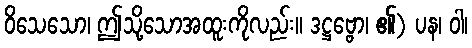
ဝိသေသော၊ ဤသို့သောအထူးကိုလည်း။ ဒဋ္ဌဗ္ဗော၊ ၏) ပန၊ ဝါ၊